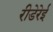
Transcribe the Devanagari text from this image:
रीडेरेई